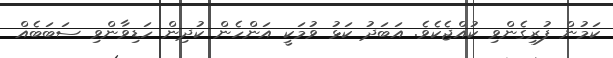
ކަމުން ފުރިގެންވި ކުއްޖެކެވެ. އަބަދު ކަޅު ވުމަކީ އަންހެން ކުދިން ހަޑިވާންވި ސަބަބެއް